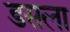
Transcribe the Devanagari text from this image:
डसला